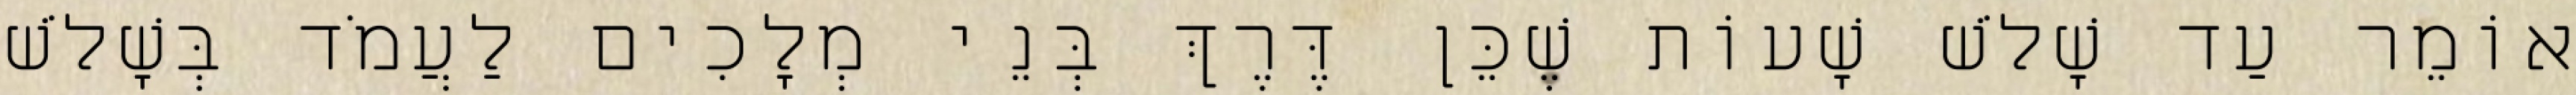
אוֹמֵר עַד שָׁלֹשׁ שָׁעוֹת שֶׁכֵּן דֶּרֶךְ בְּנֵי מְלָכִים לַעֲמֹד בְּשָׁלֹשׁ